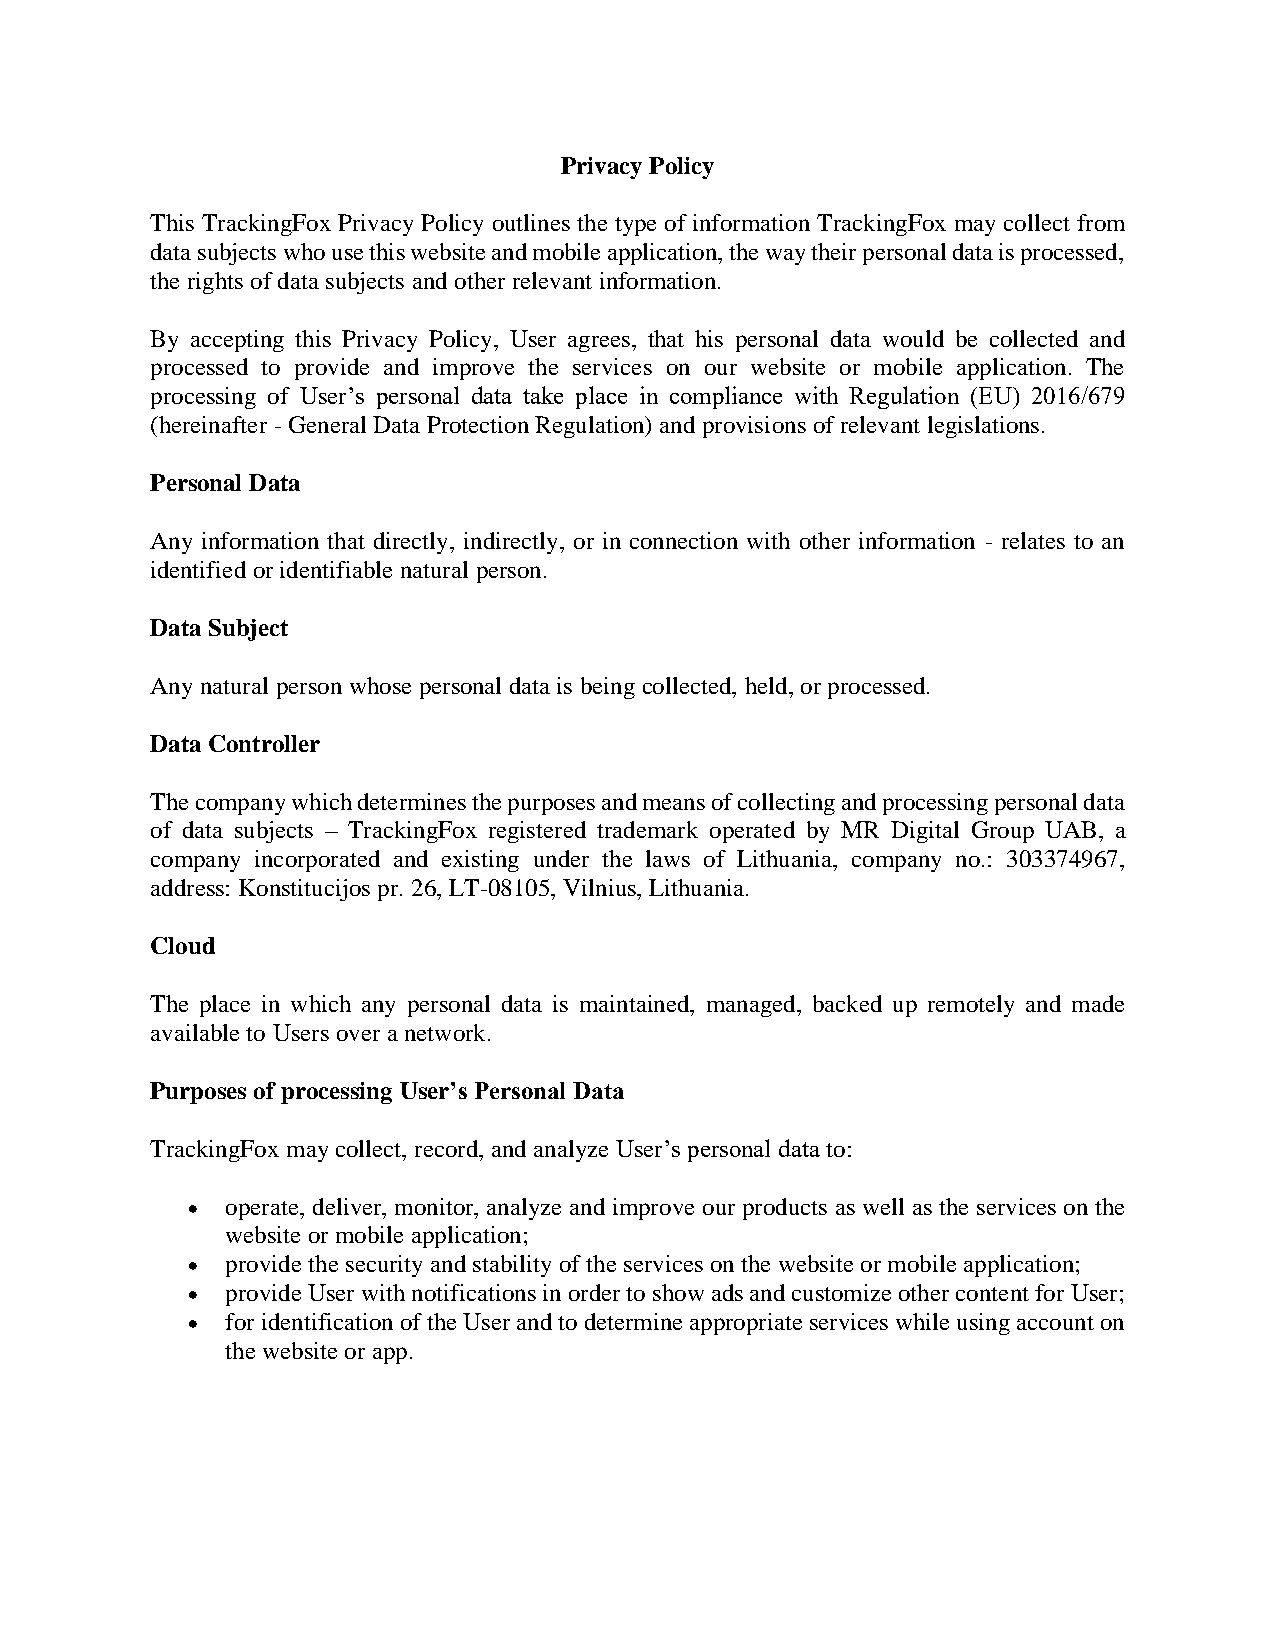
Privacy Policy
 This TrackingFox Privacy Policy outlines the type of information TrackingFox may collect from
 data subjects who use this website and mobile application, the way their personal data is processed,
 the rights of data subjects and other relevant information.
 By accepting this Privacy Policy, User agrees, that his personal data would be collected and
 processed to provide and improve the services on our website or mobile application. The
 processing of User’s personal data take place in compliance with Regulation (EU) 2016/679
 (hereinafter - General Data Protection Regulation) and provisions of relevant legislations.
 Personal Data
 Any information that directly, indirectly, or in connection with other information - relates to an
 identified or identifiable natural person.
 Data Subject
 Any natural person whose personal data is being collected, held, or processed.
 Data Controller
 The company which determines the purposes and means of collecting and processing personal data
 of data subjects – TrackingFox registered trademark operated by MR Digital Group UAB, a
 company incorporated and existing under the laws of Lithuania, company no.: 303374967,
 address: Konstitucijos pr. 26, LT-08105, Vilnius, Lithuania.
 Cloud
 The place in which any personal data is maintained, managed, backed up remotely and made
 available to Users over a network.
 Purposes of processing User’s Personal Data
 TrackingFox may collect, record, and analyze User’s personal data to:
 •  operate, deliver, monitor, analyze and improve our products as well as the services on the
 website or mobile application;
 •  provide the security and stability of the services on the website or mobile application;
 •  provide User with notifications in order to show ads and customize other content for User;
 •  for identification of the User and to determine appropriate services while using account on
 the website or app.